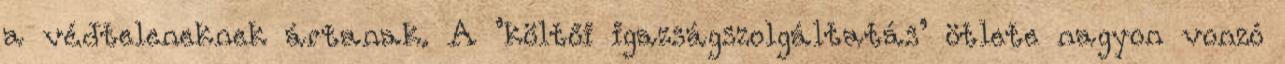
a védteleneknek ártanak. A ’költői igazságszolgáltatás’ ötlete nagyon vonzó